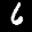
Label: 6